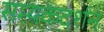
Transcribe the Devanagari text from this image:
सम्यकदर्शन